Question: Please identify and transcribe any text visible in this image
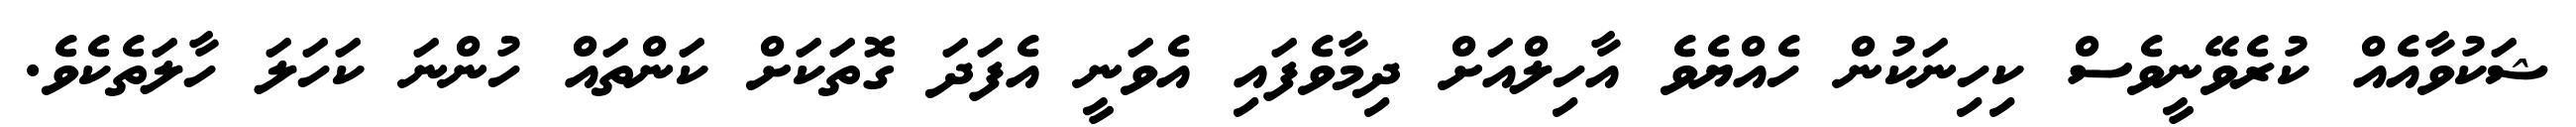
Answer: ޝަކުވާއެއް ކުރެވޭނީވެސް ކިހިނަކުން ހެއްޔެވެ އާހިލްއަށް ދިމާވެފައި އެވަނީ އެފަދަ ގޮތަކަށް ކަންތައް ހުންނަ ކަހަލަ ހާލަތެކެވެ.